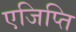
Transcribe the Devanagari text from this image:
एजिप्ति